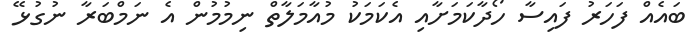
ބައެއް ފަހަރު ފައިސާ ހޯދާކަމަށާއި އެކަމަކު މުއާމަލާތް ނިމުމުން އެ ނަމްބަރާ ނުގުޅޭ